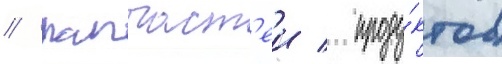
/ запчаст'еи / проду́ктов